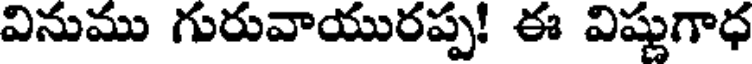
వినుము గురువాయురప్ప! ఈ విష్ణుగాధ